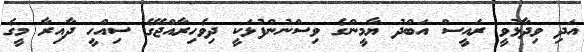
އަދި ވިދާޅުވީ ރައީސް އަބްދު ޔާމީންގެ ވިސްނުންފުޅަކީ ދިވެހިރާއްޖޭގެ ސިއްހީ ދާއިރާ މީގެ